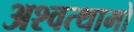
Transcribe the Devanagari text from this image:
अश्वत्थामो